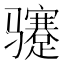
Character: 𬴏